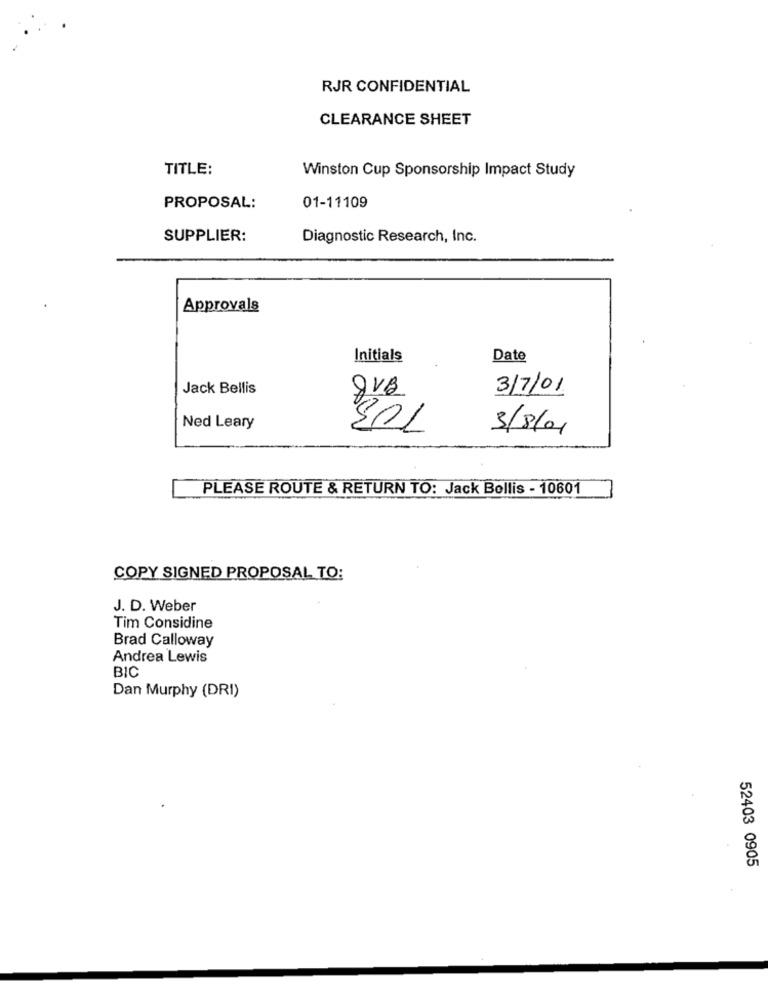
RJR CONFIDENTIAL
CLEARANCE SHEET
TITLE:
Winston Cup Sponsorship Impact Study
PROPOSAL:
01-11109
SUPPLIER:
Diagnostic Research, Inc.
Approvals
Initials
Date
Jack Bellis
8VB
3/7/01
Ned Leary
301
3/8/01
PLEASE ROUTE & RETURN TO: Jack Bollis - 10601
COPY SIGNED PROPOSAL TO:
J. D. Weber
Tim Considine
Brad Calloway
Andrea Lewis
BIC
Dan Murphy (DRI)
52403 0905